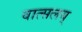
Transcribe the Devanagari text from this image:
वात्सलय्